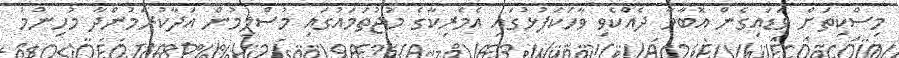
މިސްކިތަށް ވަޑައިގެން އޮބާމާ ދެއްކެވި ވާހަކަފުޅުގައި އެމެރިކާގެ މުޖުތަމައުގައި މުސްލިމުން އަދާކުރަމުންދާ މުހިންމު